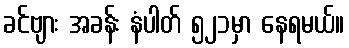
ခင်ဗျား အခန်း နံပါတ် ၅၂၁မှာ နေရမယ်။